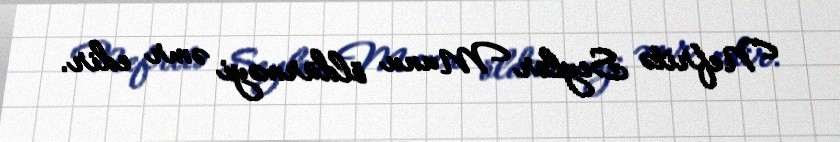
Nefritə Seylor Munu öldürməyi əmr edir.